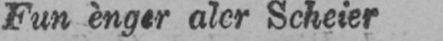
Scheier